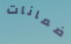
ضمانات